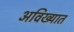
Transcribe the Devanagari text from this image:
अविख्यात